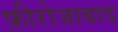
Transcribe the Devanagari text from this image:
फ़ीरोजाबाद